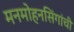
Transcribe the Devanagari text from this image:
मनमोहनसिंगांची